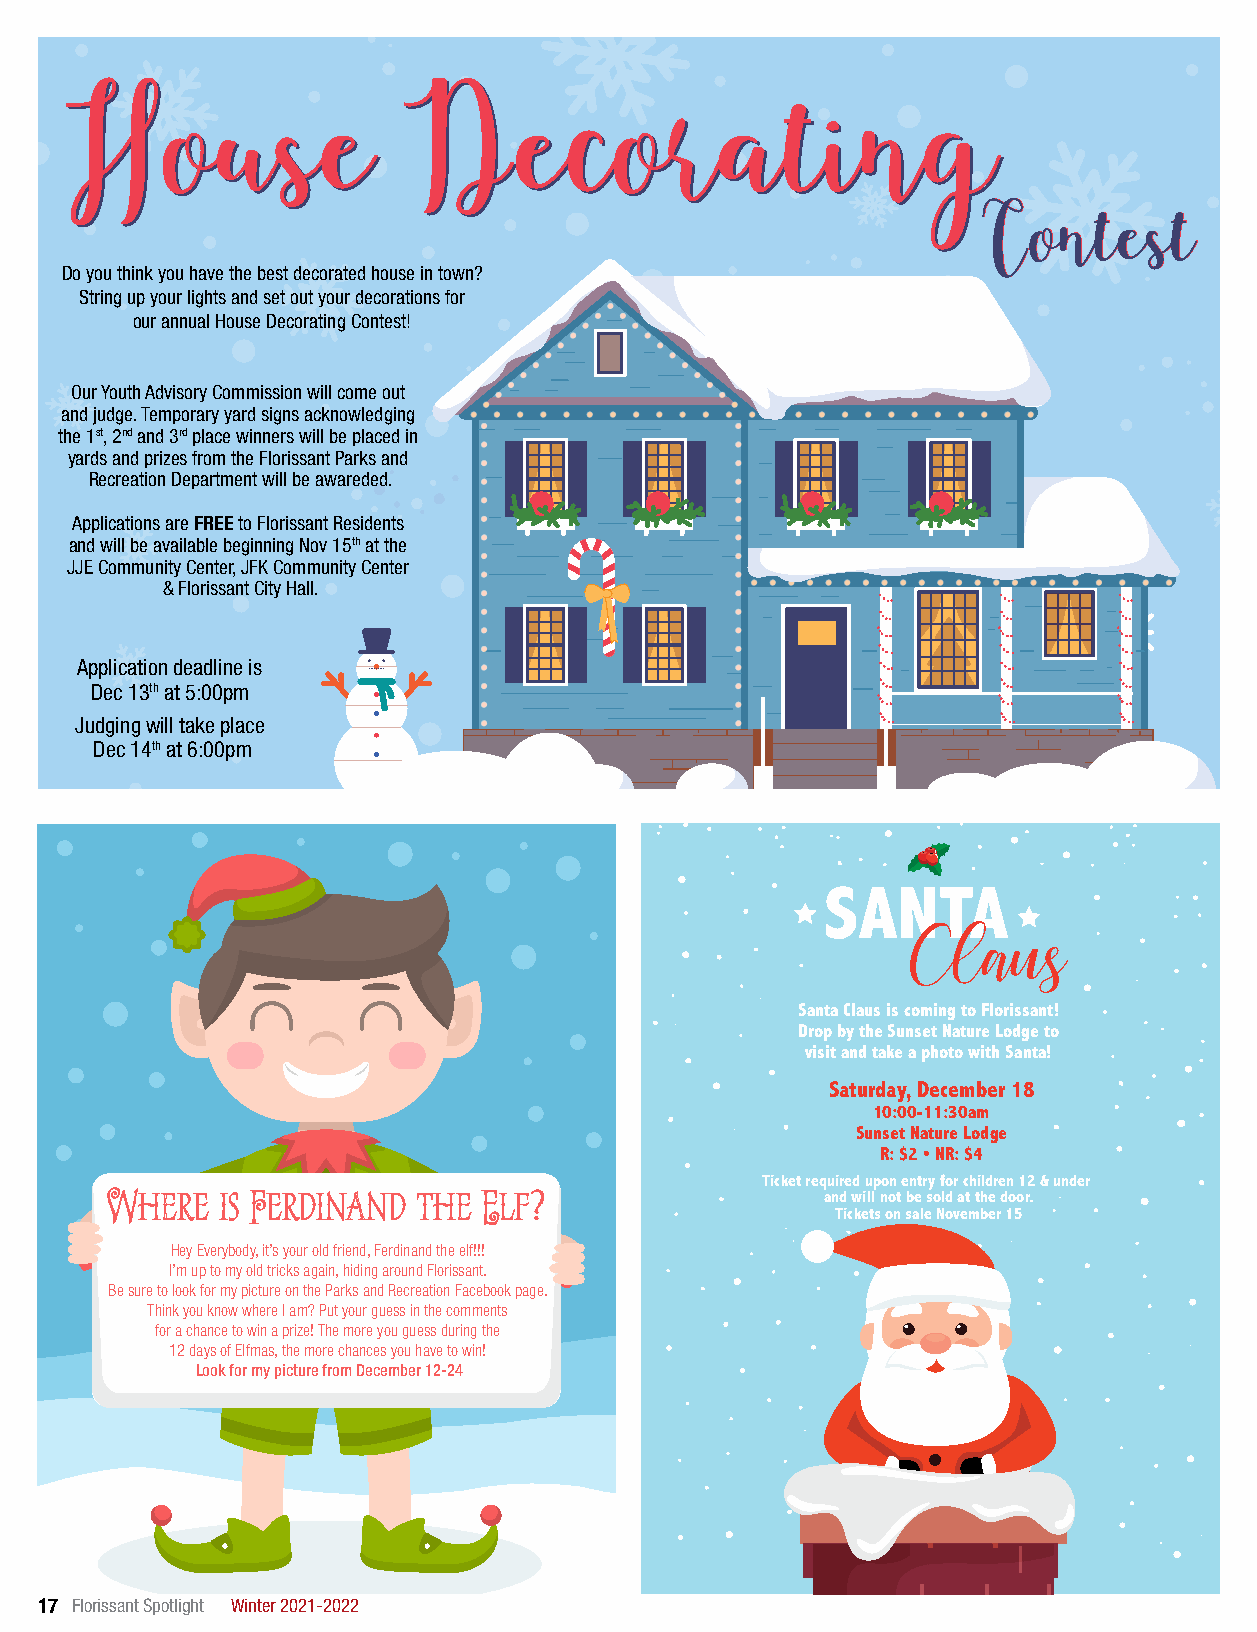
HHoouussee             DDeeccoorraattiinngg
 CCoonntteesstt
 Do you think you have the best decorated house in town?
 String up your lights and set out your decorations for
 our annual House Decorating Contest!
 Our Youth Advisory Commission will come out
 and judge. Temporary yard signs acknowledging
 the 1st, 2nd and 3rd place winners will be placed in
 yards and prizes from the Florissant Parks and
 Recreation Department will be awareded.
 Applications are FREE to Florissant Residents
 and will be available beginning Nov 15th at the
 JJE Community Center, JFK Community Center
 & Florissant City Hall.
 Application deadline is
 Dec 13th at 5:00pm
 Judging will take place
 Dec 14th at 6:00pm
 SANTA
 Claus
 Santa Claus is coming to Florissant!
 Drop by the Sunset Nature Lodge to
 visit and take a photo with Santa!
 Saturday, December 18
 10:00-11:30am
 Sunset Nature Lodge
 R: $2 • NR: $4
 Ticket required upon entry for children 12 & under
 Where   is Ferdinand the Elf?                   and will not be sold at the door.
 Tickets on sale November 15
 Hey Everybody, it’s your old friend, Ferdinand the elf!!!
 I’m up to my old tricks again, hiding around Florissant.
 Be sure to look for my picture on the Parks and Recreation Facebook page.
 Think you know where I am? Put your guess in the comments
 for a chance to win a prize! The more you guess during the
 12 days of Elfmas, the more chances you have to win!
 Look for my picture from December 12-24
 17 Florissant Spotlight Winter 2021-2022